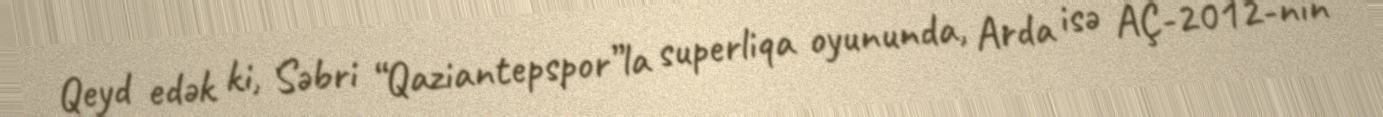
Qeyd edək ki, Səbri “Qaziantepspor”la superliqa oyununda, Arda isə AÇ-2012-nin